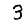
Digit: 3